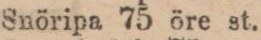
Snöripa 75 öre st.